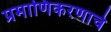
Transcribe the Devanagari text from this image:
प्रमाणिकरणाचे